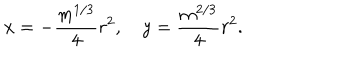
x = - { \frac { m ^ { 1 / 3 } } { 4 } } r ^ { 2 } , \quad y = { \frac { m ^ { 2 / 3 } } { 4 } } r ^ { 2 } .